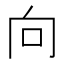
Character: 向